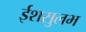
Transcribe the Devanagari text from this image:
ईशसुलभ